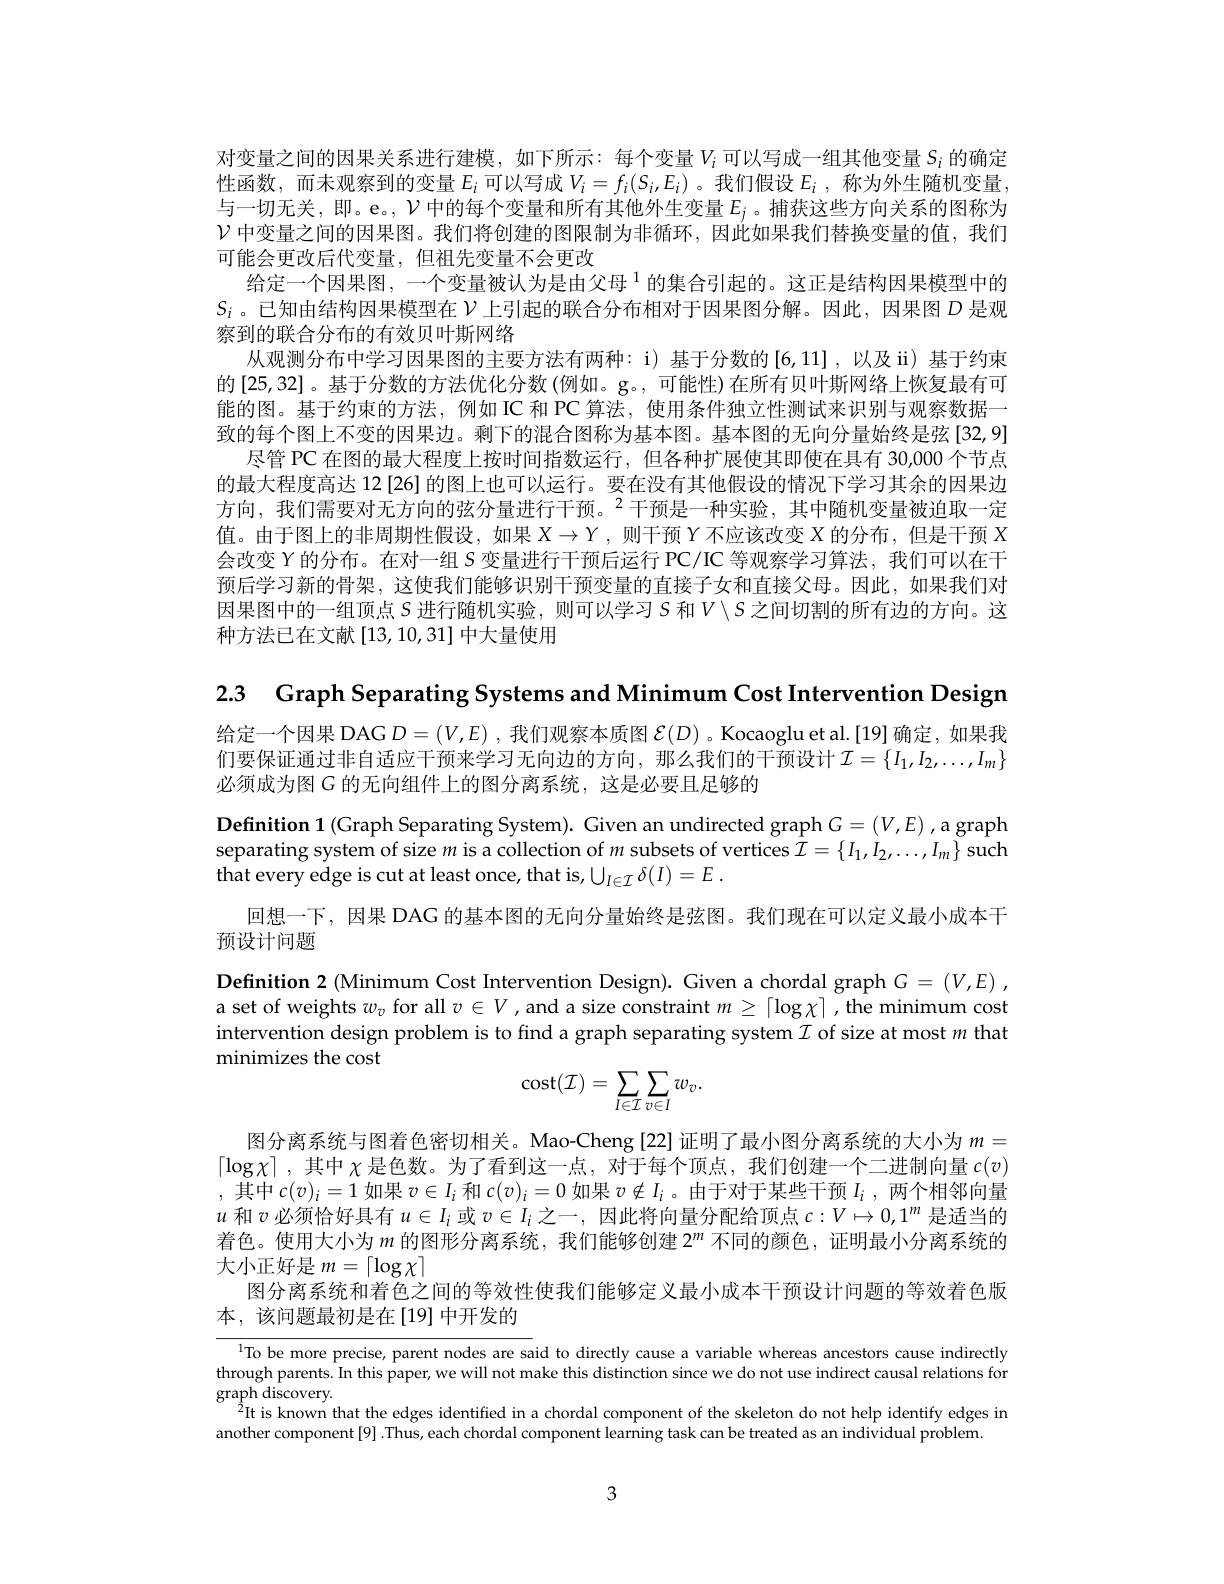
对变量之间的因果关系进行建模，如下所示：每个变量$V_i$可以写成一组其他变量$S_i$的确定性函数，而未观察到的变量$E_i$ 可以写成$V_i=f_i(S_i,E_i)$。我们假设$E_i$ ,称为外生随机变量， 与一切无关，即。e。, $\mathcal{V}$中的每个变量和所有其他外生变量$E_j$ 。捕获这些方向关系的图称为$\mathcal{V}$中变量之间的因果图。我们将创建的图限制为非循环，因此如果我们替换变量的值，我们可能会更改后代变量，但祖先变量不会更改
给定一个因果图，一个变量被认为是由父母$^{1}$的集合引起的。这正是结构因果模型中的$S_i$ 。已知由结构因果模型在$\mathcal{V}$上引起的联合分布相对于因果图分解。因此，因果图$D$是观察到的联合分布的有效贝叶斯网络
从观测分布中学习因果图的主要方法有两种：i) 基于分数的[6,11],以及 ii) 基于约束的[25,32]。基于分数的方法优化分数 (例如。g。,可能性)在所有贝叶斯网络上恢复最有可能的图。基于约束的方法，例如 IC 和 PC 算法，使用条件独立性测试来识别与观察数据一致的每个图上不变的因果边。剩下的混合图称为基本图。基本图的无向分量始终是弦[32,9]
尽管 PC 在图的最大程度上按时间指数运行，但各种扩展使其即使在具有 30,000 个节点的最大程度高达 12 [26] 的图上也可以运行。要在没有其他假设的情况下学习其余的因果边方向，我们需要对无方向的弦分量进行干预。$^{2}$干预是一种实验，其中随机变量被迫取一定值。由于图上的非周期性假设，如果$X\to Y$ ,则干预$Y$不应该改变$X$的分布，但是干预 X 会改变$Y$的分布。在对一组$S$变量进行干预后运行 PC/IC 等观察学习算法，我们可以在干预后学习新的骨架，这使我们能够识别干预变量的直接子女和直接父母。因此，如果我们对因果图中的一组顶点$S$进行随机实验，则可以学习$S$和$V\backslash S$之间切割的所有边的方向。这种方法已在文献[13,10,31] 中大量使用

2.3 Graph Separating Systems and Minimum Cost Intervention Design

给定一个因果 DAG $D=(V,E)$ ,我们观察本质图$\mathcal{E}(D)$ 。Kocaoglu et al.[19] 确定，如果我们要保证通过非自适应干预来学习无向边的方向，那么我们的干预设计$\mathcal{I}=\{I_1,I_2,\ldots,I_m\}$ 必须成为图$G$的无向组件上的图分离系统，这是必要且足够的

Definition 1 (Graph Separating System). Given an undirected graph $G=(V,E)$ ,a graph separating system of size $m$ is a collection of $m$ subsets of vertices $\mathcal{I}=\{I_1,I_2,\ldots,I_m\}$ such that every edge is cut at least once, that is, $\cup _I\in {\mathcal{I} }\delta ( I) = E$ .
回想一下，因果 DAG 的基本图的无向分量始终是弦图。我们现在可以定义最小成本干
预设计问题
$\textbf{Definition 2 ( Minimum Cost Intervention Design) . Given a chordal graph G}= ( V, E)$ , a set of weights $w_v$ for all $v\in V$,and a size constraint $m\geq\lceil\log\chi\rceil$,the minimum cost intervention design problem is to find a graph separating system $\mathcal{I}$ of size at most $m$ that minimizes the cost
$$\operatorname{cost}(\mathcal{I})=\sum_{I\in\mathcal{I}}\sum_{v\in I}w_{v}.$$
图分离系统与图着色密切相关。Mao-Cheng[22] 证明了最小图分离系统的大小为$m=$ $\lceil\log\chi\rceil$ ,其中$\chi$是色数。为了看到这一点，对于每个顶点，我们创建一个二进制向量$c(v)$ ,其中$c(v)_i=1$如果$v\in I_i$和$c(v)_i=0$如果$v\notin I_i$ 。由于对于某些干预$I_i$,两个相邻向量$u$和$v$必须恰好具有$u\in I_i$或$v\in I_i$之一，因此将向量分配给顶点$c:V\mapsto0,1^m$是适当的着色。使用大小为$m$的图形分离系统，我们能够创建$2^{m}$不同的颜色，证明最小分离系统的大小正好是$m=\lceil\log\chi\rceil$
图分离系统和着色之间的等效性使我们能够定义最小成本干预设计问题的等效着色版
本，该问题最初是在[19]中开发的

$^{1}$To be more precise, parent nodes are said to directly cause a variable whereas ancestors cause indirectly through parents. In this paper, we will not make this distinction since we do not use indirect causal relations for $\operatorname*{graph}_{\gamma_{\mathrm{II}}}^{0}$discovery.
$^{\hat{2}}$It is known that the edges identified in a chordal component of the skeleton do not help identify edges in
another component[9] .Thus, each chordal component learning task can be treated as an individual problem

3